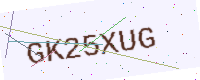
Text: GK25XUG